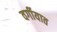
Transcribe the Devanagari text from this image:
वर्गीयात